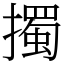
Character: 擉